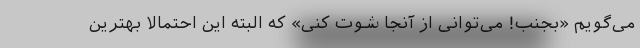
می‌گویم «بجنب! می‌توانی از آنجا شوت کنی» که البته این احتمالا بهترین